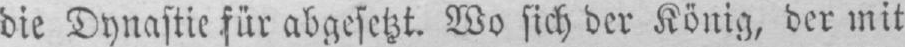
die Dynastie für abgesetzt. Wo sich der König, der mit